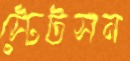
স্টেটসন